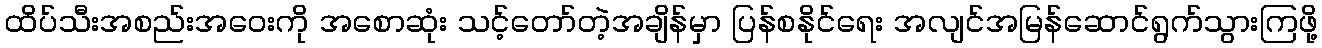
ထိပ်သီးအစည်းအဝေးကို အစောဆုံး သင့်တော်တဲ့အချိန်မှာ ပြန်စနိုင်ရေး အလျင်အမြန်ဆောင်ရွက်သွားကြဖို့